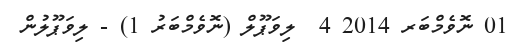
01 ނޮވެމްބަރ 2014 4  ލިވަޕޫލް (ނޮވެމްބަރު 1) - ލިވަޕޫލުން